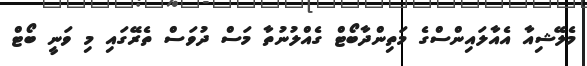
މެލޭޝިއާ އެއާލައިންސްގެ މަތިންދާބޯޓް ގެއްލުނުތާ މަސް ދުވަސް ތެރޭގައި މި ވަނީ ބޯޓް